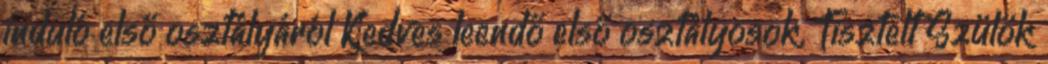
induló első osztályáról Kedves leendő első osztályosok, Tisztelt Szülők